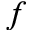
f